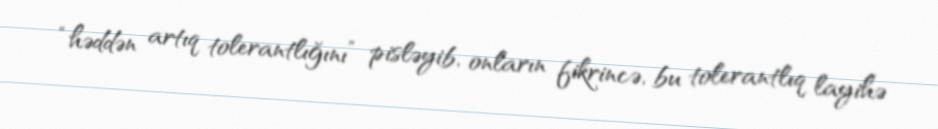
“həddən artıq tolerantlığını” pisləyib, onların fikrincə, bu tolerantlıq layihə